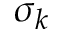
\sigma _ { k }